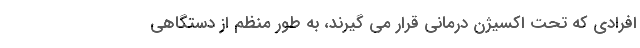
افرادی که تحت اکسیژن درمانی قرار می گیرند، به طور منظم از دستگاهی